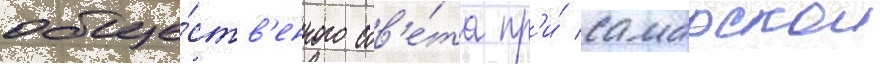
обще́ств'енного сов'е́та пр'и́ самарскои